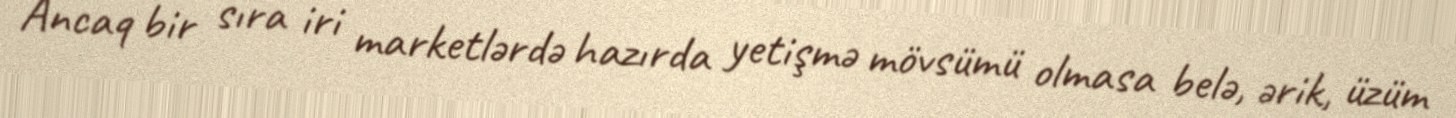
Ancaq bir sıra iri marketlərdə hazırda yetişmə mövsümü olmasa belə, ərik, üzüm